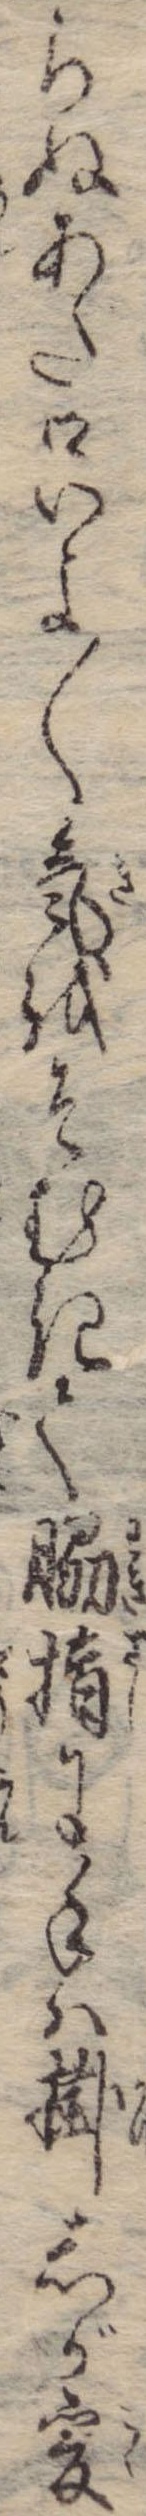
らぬあた口いよ〱気をそむきて脇指に手は掛しが爰